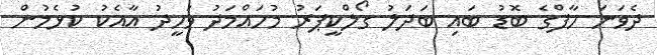
ދެވަނަ ހާފްގެ ބޮޑު ބައި ބަދަލު ގޯލްކީޕަރު މުހައްމަދު ވަހީދު އާއެކު ކުޅެމުން